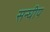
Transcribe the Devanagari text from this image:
सन्घीय